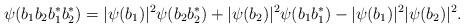
LaTeX: \begin{align*}\psi(b_1b_2b_1^*b_2^*)=|\psi(b_1)|^2\psi(b_2b_2^*)+|\psi(b_2)|^2\psi(b_1b_1^*)-|\psi(b_1)|^2|\psi(b_2)|^2.\end{align*}